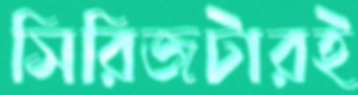
সিরিজটারই